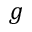
g